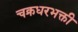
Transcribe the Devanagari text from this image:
चक्रधरभक्ती